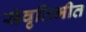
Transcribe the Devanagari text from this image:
संवृतिभीत